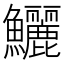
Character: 鱺